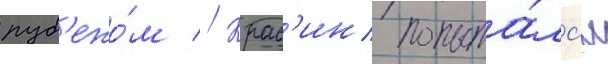
руб'ежо́м // Крас'ин попыта́лс'я